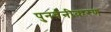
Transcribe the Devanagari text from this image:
पुनर्वनीकरण